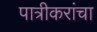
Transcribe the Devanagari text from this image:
पात्रीकरांचा